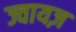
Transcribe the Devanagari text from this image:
ज्वायज़